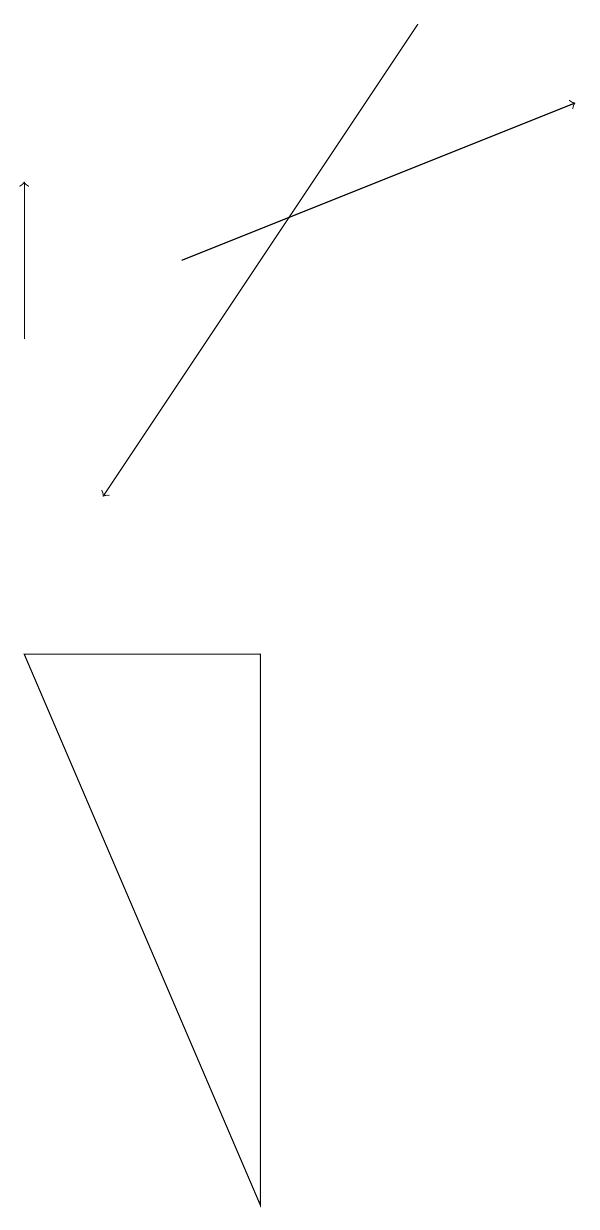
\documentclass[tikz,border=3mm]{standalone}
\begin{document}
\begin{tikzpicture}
\draw[->] (3,13) -- (8,15);
\draw[->] (6,16) -- (2,10);
\draw (1,8) -- (4,8) -- (4,1) -- cycle;
\draw[->] (1,12) -- (1,14);
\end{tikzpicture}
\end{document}